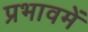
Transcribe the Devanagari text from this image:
प्रभावमें